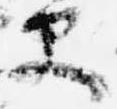
史